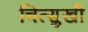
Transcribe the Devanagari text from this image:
चित्सुखी